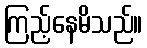
ကြည့်နေမိသည်။